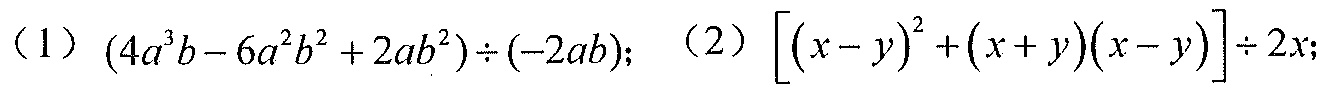
（1）\((4a^{3}b - 6a^{2}b^{2}+2ab^{2})\div(-2ab)\)；（2）\(\left[(x - y)^{2}+(x + y)(x - y)\right]\div2x\)；